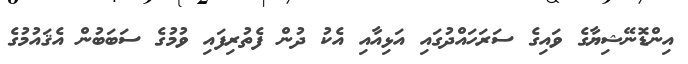
އިންޑޮނޭޝިޔާގެ ވައިގެ ސަރަހައްދުގައި އަޅިއާއި އެކު ދުން ފެތުރިފައި ވުމުގެ ސަބަބުން އެޤައުމުގެ